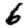
Digit: 6